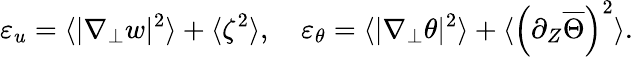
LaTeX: \varepsilon_{u}=\langle|\nabla_{\perp}w|^{2}\rangle+\langle\zeta^{2}\rangle,\quad\varepsilon_{\theta}=\langle|\nabla_{\perp}\theta|^{2}\rangle+\langle\left(\partial_{Z}\overline{{\Theta}}\right)^{2}\rangle.